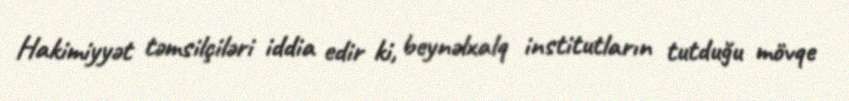
Hakimiyyət təmsilçiləri iddia edir ki, beynəlxalq institutların tutduğu mövqe